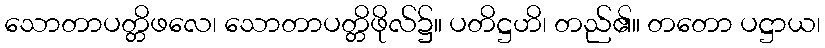
သောတာပတ္တိဖလေ၊ သောတာပတ္တိဖိုလ်၌။ ပတိဋ္ဌဟိ၊ တည်၏။ တတော ပဋ္ဌာယ၊